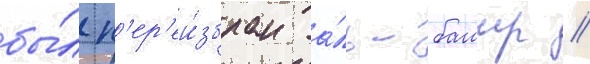
бы́л п'ер'еи́збран а́ль-башир //